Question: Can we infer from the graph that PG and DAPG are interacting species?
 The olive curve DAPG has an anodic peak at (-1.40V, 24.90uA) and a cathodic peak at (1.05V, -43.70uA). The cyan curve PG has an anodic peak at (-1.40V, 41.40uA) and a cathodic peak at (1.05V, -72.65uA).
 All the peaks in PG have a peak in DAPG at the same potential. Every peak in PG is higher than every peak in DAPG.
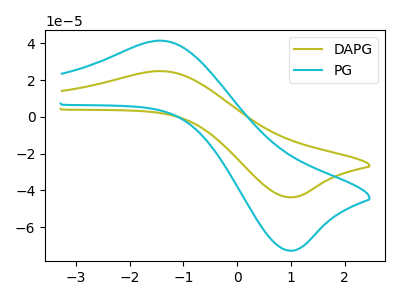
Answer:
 <answer>No, "PG" and "DAPG" don't appear to be significantly different in shape</answer>
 <eval>no_change</eval>